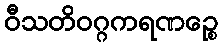
ဝီသတိဝဂ္ဂကရဏဉ္စေ